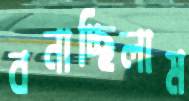
বনাচ্ছিলাম